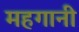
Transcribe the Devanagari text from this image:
महगानी